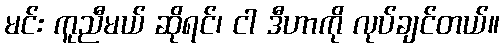
မင်း ကူညီမယ် ဆိုရင်၊ ငါ ဒီဟာကို လုပ်ချင်တယ်။